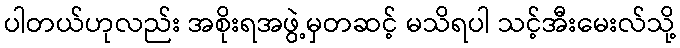
ပါတယ်ဟုလည်း အစိုးရအဖွဲ့မှတဆင့် မသိရပါ သင့်အီးမေးလ်သို့